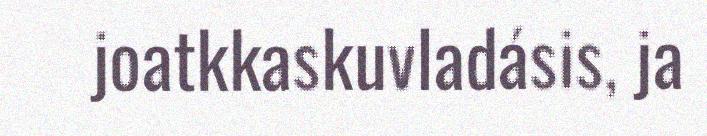
joatkkaskuvladásis, ja